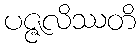
ပဇ္ဇလိဿတိ